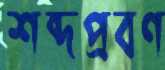
শব্দপ্রবণ